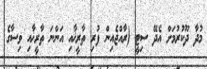
މުދާ ދޫކުރުމަށް އެދޭ ސިޓީ (ރާއްޖެއިން ފުރި ތާރީޚާއި އަންނަ ތާރީޚާއި ވިސާގެ